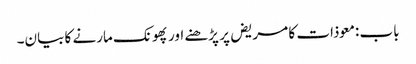
باب : معوذات کا مریض پر پڑھنے اور پھونک مارنے کا بیان۔